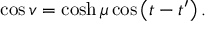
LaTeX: \cos v = \cosh \mu \cos \left( t - t ^ { \prime } \right) .